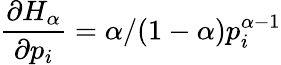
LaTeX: \frac{\partial H_{\alpha}}{\partial p_{i}}=\alpha/(1-\alpha)p_{i}^{\alpha-1}